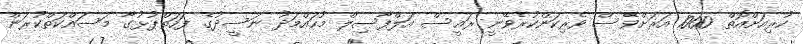
ކުރިއަށްއޮތް 1000 އަރަށްވެސް ވެރިކަންކުރެވޭނީ ރައީސް އަލްފާސިލް މުހައްމަދު ނަސީދުގެ ފަހަތްޕުޅުގާ މަސައްކަތްކުރަން